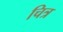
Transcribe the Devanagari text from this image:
चित्र